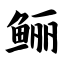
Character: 鲡